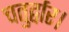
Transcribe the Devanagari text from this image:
चतुर्द्वार।